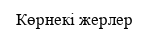
Көрнекі жерлер